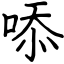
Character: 㖭